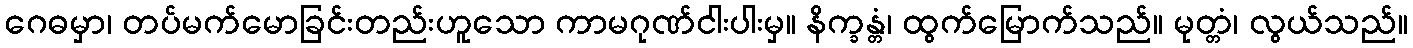
ဂေဓမှာ၊ တပ်မက်မောခြင်းတည်းဟူသော ကာမဂုဏ်ငါးပါးမှ။ နိက္ခန္တံ၊ ထွက်မြောက်သည်။ မုတ္တံ၊ လွယ်သည်။